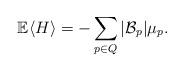
LaTeX: \begin{align*} \mathbb E \langle H \rangle =- \sum_{p\in Q }|{\cal B}_p| \mu_p. \end{align*}